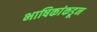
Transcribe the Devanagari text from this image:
भाषिकांकडून